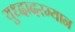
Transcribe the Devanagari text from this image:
युध्दादरम्यान